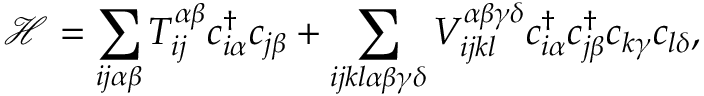
\mathcal { H } = \sum _ { i j \alpha \beta } T _ { i j } ^ { \alpha \beta } c _ { i \alpha } ^ { \dagger } c _ { j \beta } + \sum _ { i j k l \alpha \beta \gamma \delta } { V _ { i j k l } ^ { \alpha \beta \gamma \delta } c _ { i \alpha } ^ { \dagger } c _ { j \beta } ^ { \dagger } c _ { k \gamma } c _ { l \delta } } ,